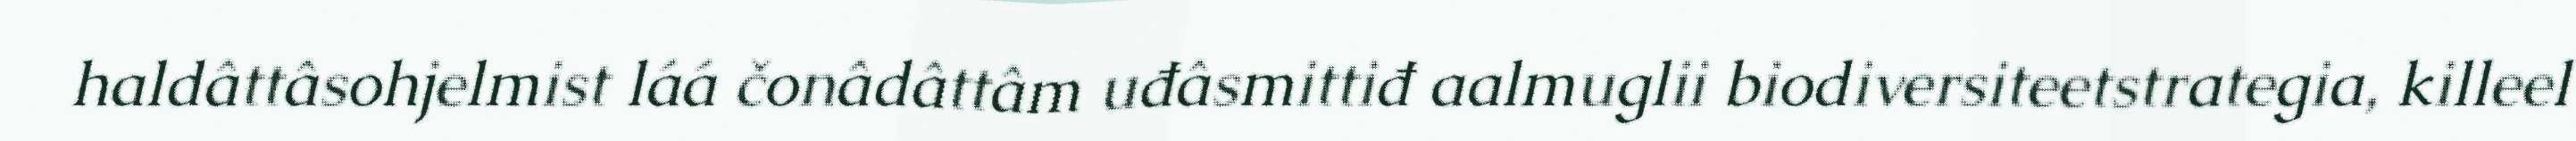
haldâttâsohjelmist láá čonâdâttâm uđâsmittiđ aalmuglii biodiversiteetstrategia, killeel